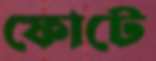
ফোটে